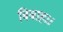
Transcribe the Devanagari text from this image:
बिबाह।।